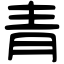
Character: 青